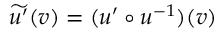
\widetilde { u ^ { \prime } } ( v ) = ( u ^ { \prime } \circ u ^ { - 1 } ) ( v )